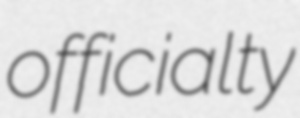
officialty